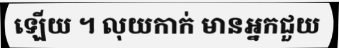
ឡើយ ។ លុយកាក់ មានអ្នកជួយ